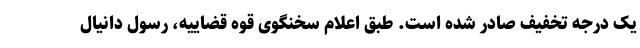
یک درجه تخفیف صادر شده است. طبق اعلام سخنگوی قوه قضاییه، رسول دانیال